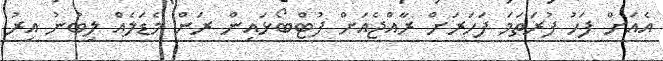
އެއަށް ފަހު ފުރަތަމަ ފަހަރަށް ރާއްޖެއަށް ފުޓްބޯޅައިން ރަން މެޑަލެއް ލިބުނު އިރު